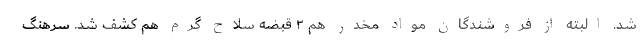
شد. البته از فروشندگان مواد مخدر هم ۲ قبضه سلاح گرم هم کشف شد. سرهنگ